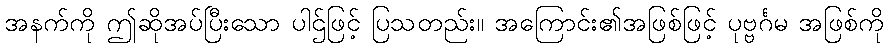
အနက်ကို ဤဆိုအပ်ပြီးသော ပါဌ်ဖြင့် ပြသတည်း။ အကြောင်း၏အဖြစ်ဖြင့် ပုဗ္ဗင်္ဂမ အဖြစ်ကို